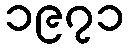
၁၉၇၁